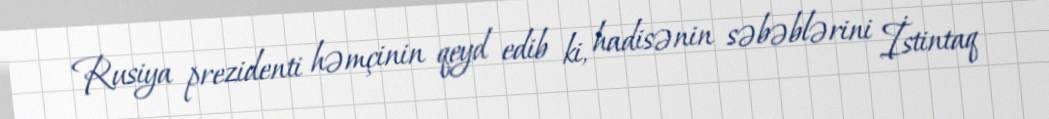
Rusiya prezidenti həmçinin qeyd edib ki, hadisənin səbəblərini İstintaq